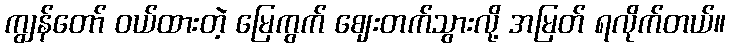
ကျွန်တော် ဝယ်ထားတဲ့ မြေကွက် ဈေးတက်သွားလို့ အမြတ် ရလိုက်တယ်။